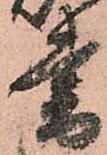
書